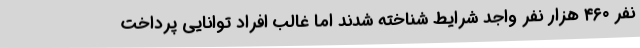
نفر ۴۶۰ هزار نفر واجد شرایط شناخته شدند اما غالب افراد توانایی پرداخت